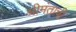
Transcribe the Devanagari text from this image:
श्रीमंताची